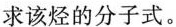
求该烃的分子式。